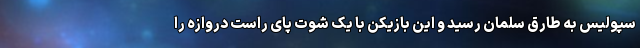
سپولیس به طارق سلمان رسید و این بازیکن با یک شوت پای راست دروازه را